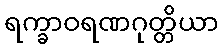
ရက္ခာဝရဏဂုတ္တိယာ